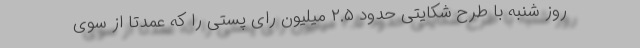
روز شنبه با طرح شکایتی حدود ۲.۵ میلیون رای پستی را که عمدتا از سوی